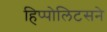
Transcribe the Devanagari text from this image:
हिप्पोलिटसने